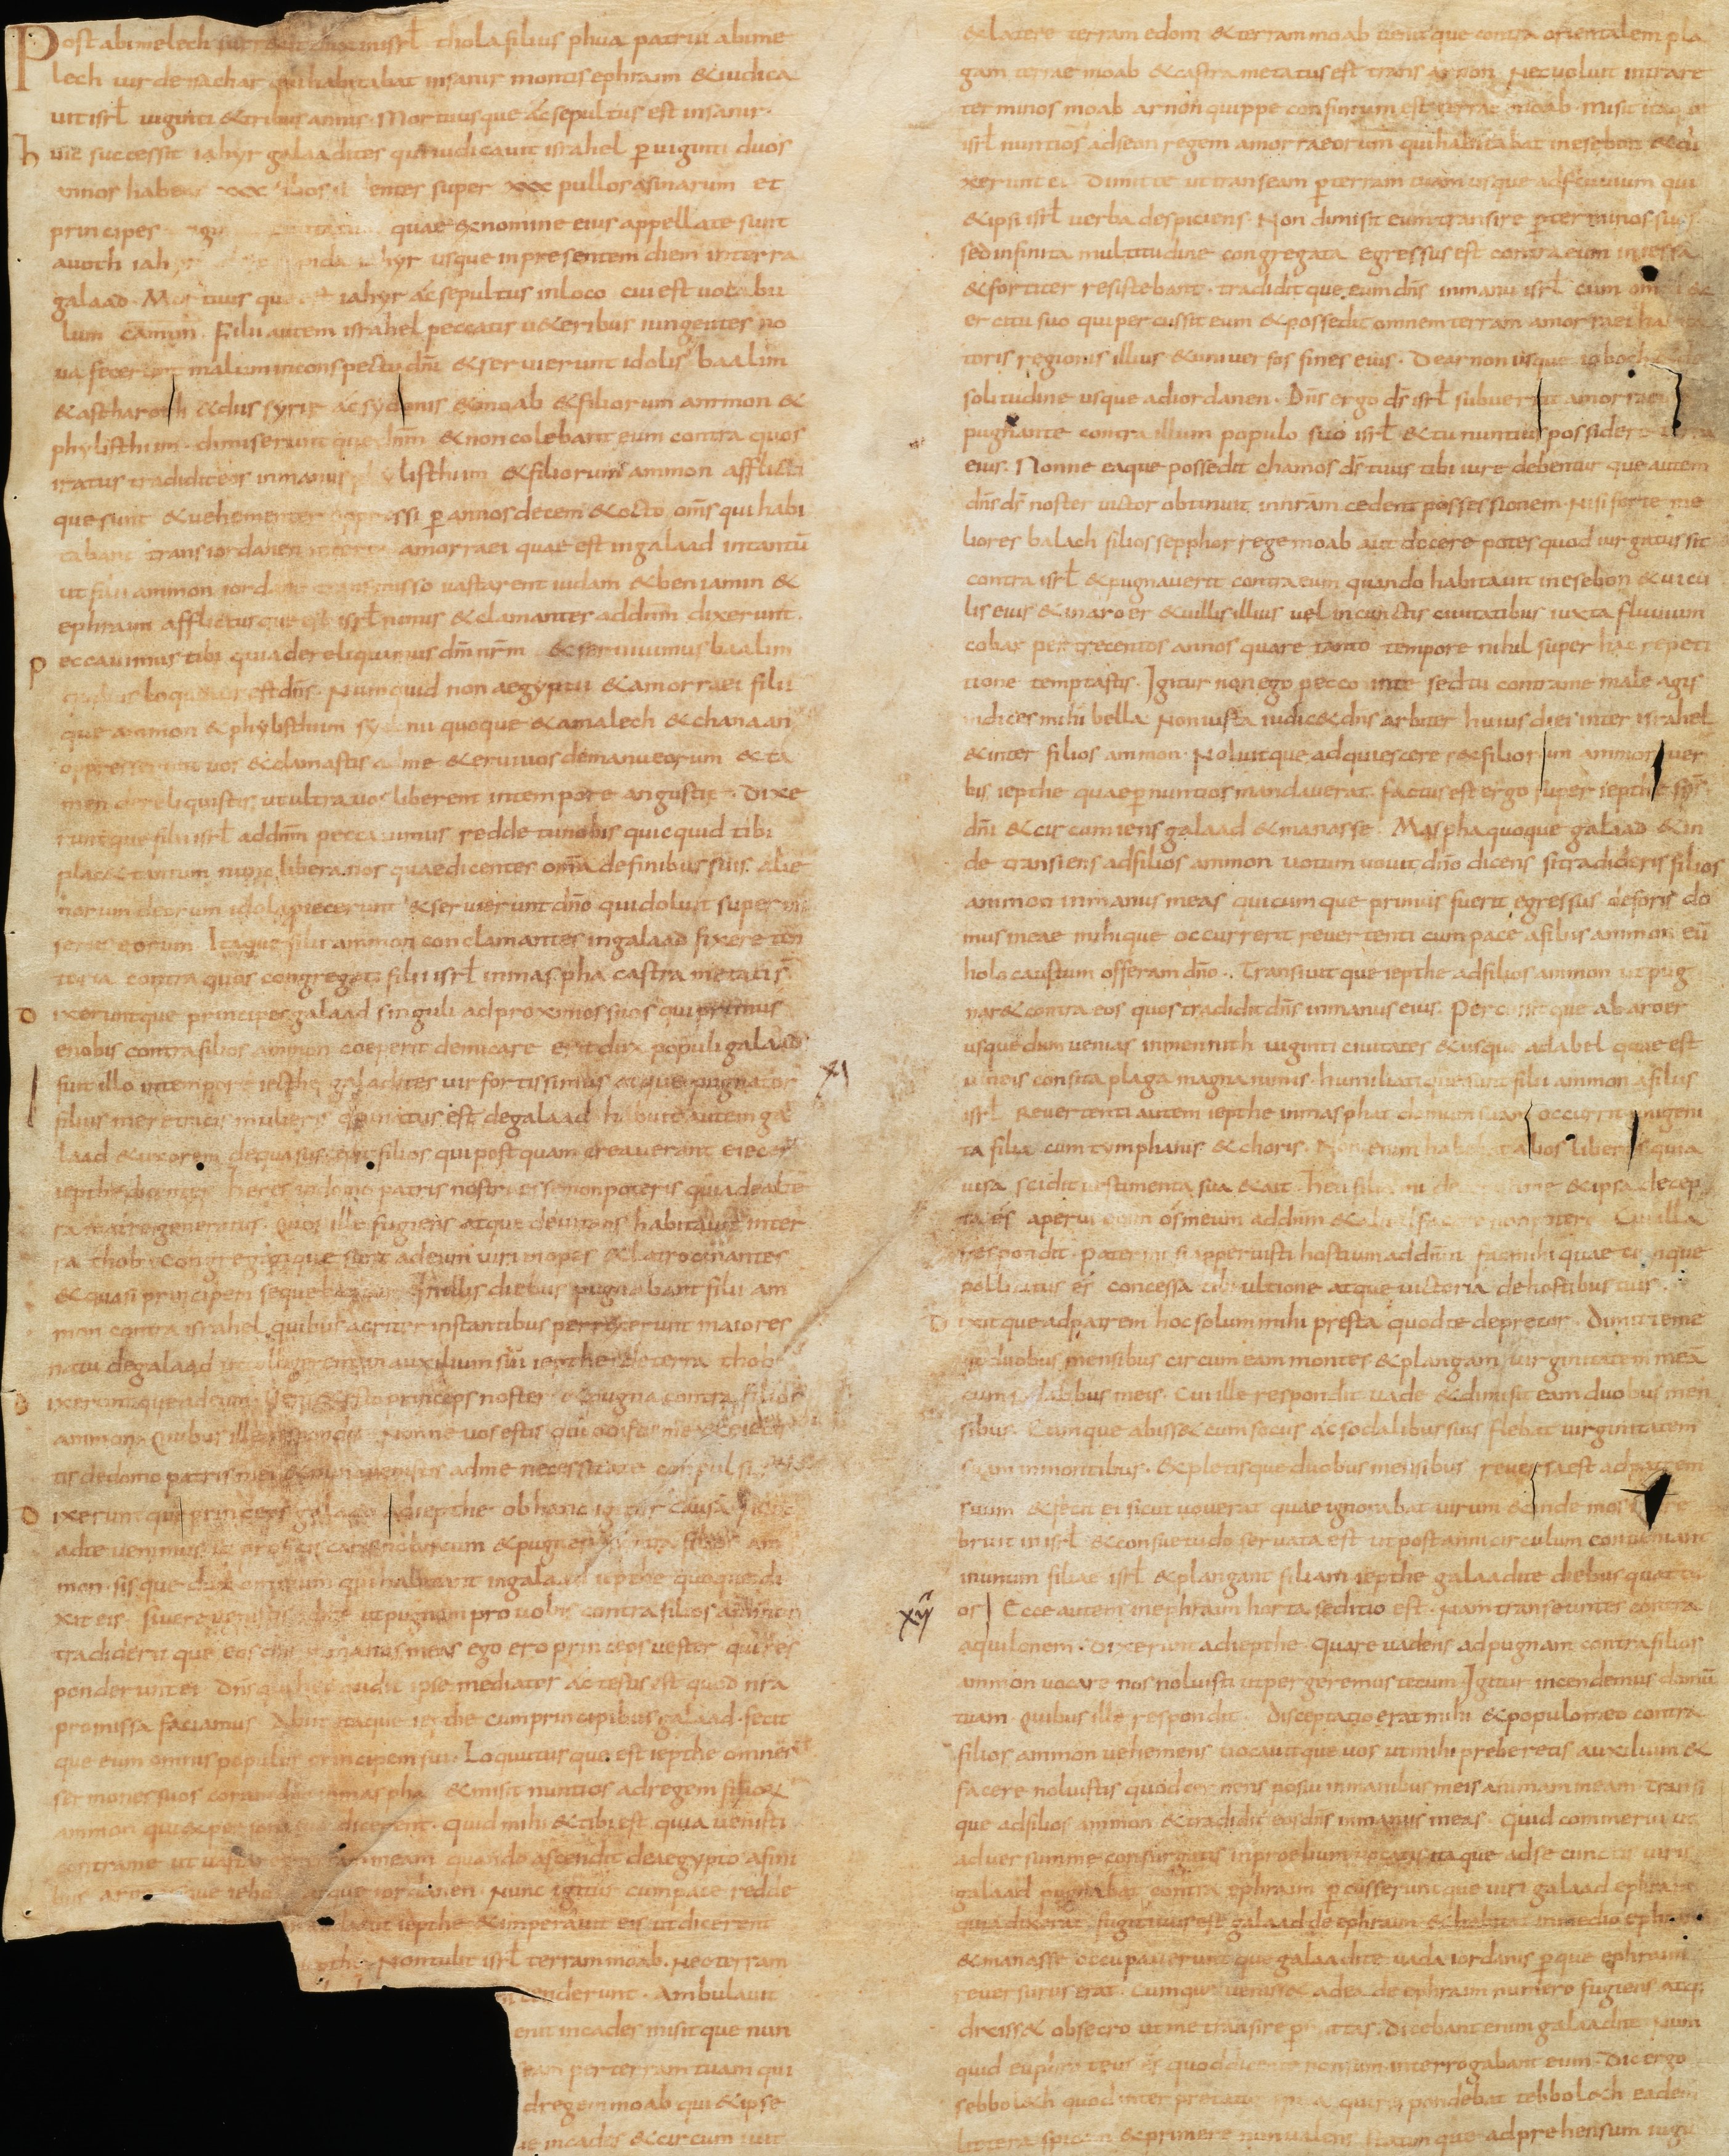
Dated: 835–865